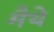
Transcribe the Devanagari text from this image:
मैथे